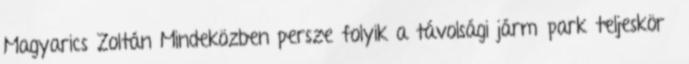
Magyarics Zoltán Mindeközben persze folyik a távolsági járműpark teljeskörű